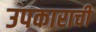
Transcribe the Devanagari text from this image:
उपकाराची